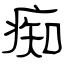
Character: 痴